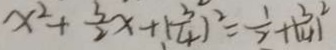
x ^ { 2 } + \frac { 3 } { 2 } x + ( \frac { 3 } { 4 } ) ^ { 2 } = \frac { 1 } { 2 } + ( \frac { 3 } { 4 } ) ^ { 2 }